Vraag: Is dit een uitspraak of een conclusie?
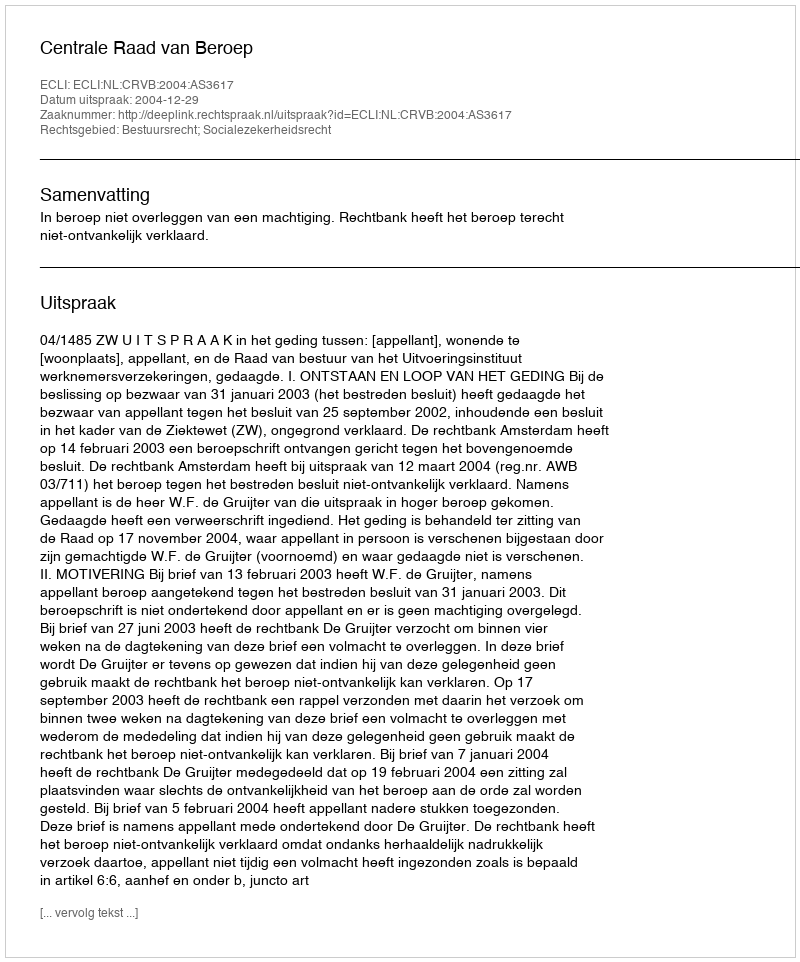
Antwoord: Uitspraak